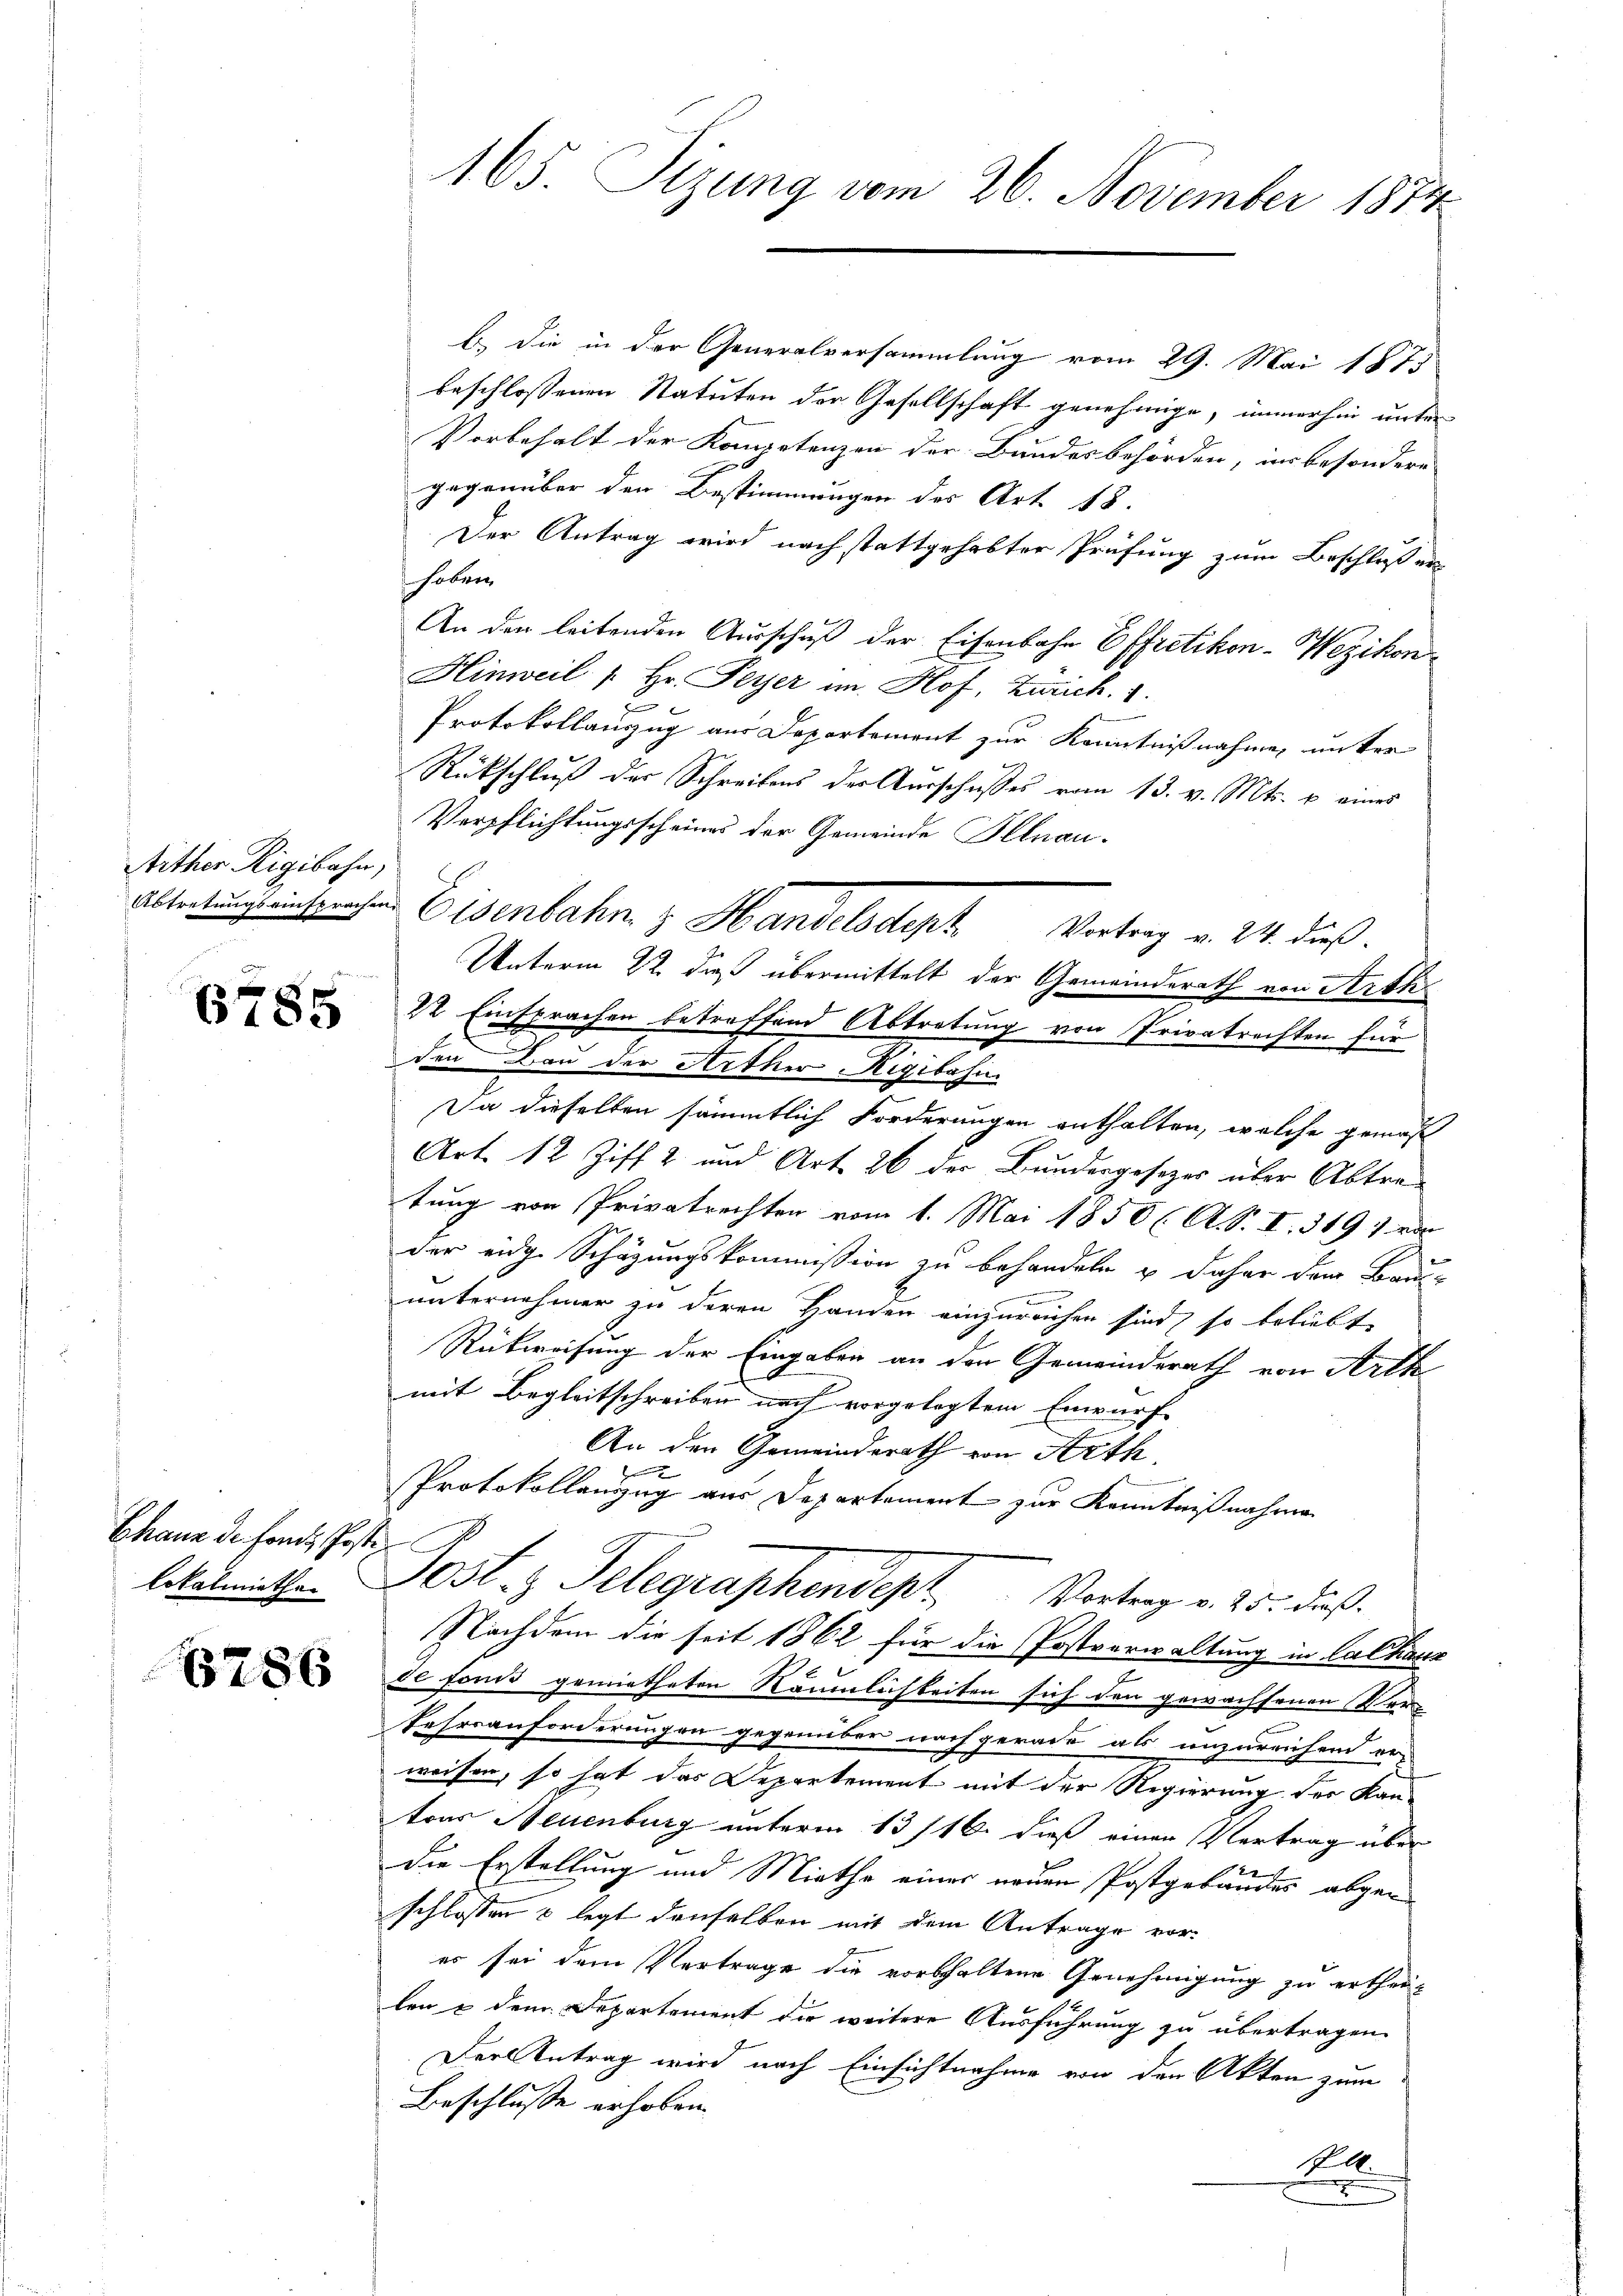
Aither Rigibahn,

6785

Chaus de fonds, Poste.

6786

165. Sizung vom 26. November 1874

b.) die in der Generalversammlung vom 29. Mai 1875
beschlossenen Statuten der Gesellschaft genehmige, immerhin unter
Vorbehalt der Kompetenzen der Bundesbehörden, in besondere
gegenüber den Bestimmungen des Art. 18.
Der Antrag wird nach stattgehabter Prüfung zum Beschluß erhoben.
An der leitenden Ausschuß der Eisenbahn Effretikon-Wezikon
Hinweil [Hr. Peyer im Hof. Zürich. 1.
Protokollauszug aus Departement zur Kenntnißnahme, unter
Rückschluß der Schreibens der Ausschusses vom 13. v. Mts. u. eines
Verpflichtungsscheines der Gemeinde Illnau.
Unterm 22. daß übermittelt der Gemeinderath von Arth
22 Einsprachen betreffend Abtretung von Privatrechten für
den Bau der Arther Rigibahn
Da dieselben sämmtlich Forderungen enthalten, welche gemes
Art. 12 Ziff. 2 und Art. 26 der Bundergesezes über Abtretung von Privatrechten vom 1. Mai 1850 ( A. S. I. 369 von
der eidg. Schäzungskommission zu behandeln & daher dem Bau-
n
unternehmer zu deren Handen einzureichen sind, so beliebt
Rückweisung der Eingaben an den Gemeinderath von Arth
mit Begleitschreiben noch vorgelegtem Einwurf
An den Gemeinderath von Arth,
Protokollanzug aus Departement zur Kenntnißnahmen
ltelmuthen Gosl. z. Telegraphendept Vortrag v. 25. dieß.
Nachdem die seit 1862 für die Postverwaltung in Calhaus
de fonds gemietheten Räumlichkeiten sich den gewachsenen Verkehrsanforderungen gegenüber noch gerade als unzureichend er-
weisen, so hat das Departement mit der Regierung der Kantons Neuenburg unterm 13/16. dieß einen Vertrag über
die Erstellung und Miethe einer neuen Postgebäudes abgeschlossen & legt denselben mit dem Antrage vor-
er sei dem Vertrage die vorschaltene Genehmigung zu erthei-
len & dem Departement die weitere Ausführung zu übertragen.
Der Antrag wird nach Einsichtnahme von den Akten zum
Beschlusse erhoben.
Pl
e

Altertung einstrahen Eisenbahn z. Handelsdept Vortrag v. 24. dieß.